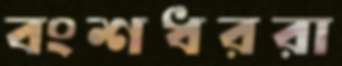
বংশধররা